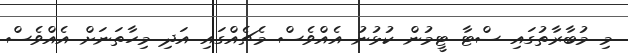
މި މުބާރާތުގައި ސްޓާ ޓީމުން ކުޅުނު އެއްވެސް މެޗެއްގައި އަދި މިހާތަނަށް އެއްވެސް